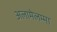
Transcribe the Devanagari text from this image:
अलामेलम्मा